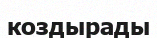
коздырады